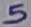
Text: 5